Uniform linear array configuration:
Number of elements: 64
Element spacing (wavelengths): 0.5
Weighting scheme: kaiser
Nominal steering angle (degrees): -15
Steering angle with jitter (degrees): -16.738
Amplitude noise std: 0.05
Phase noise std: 0.05

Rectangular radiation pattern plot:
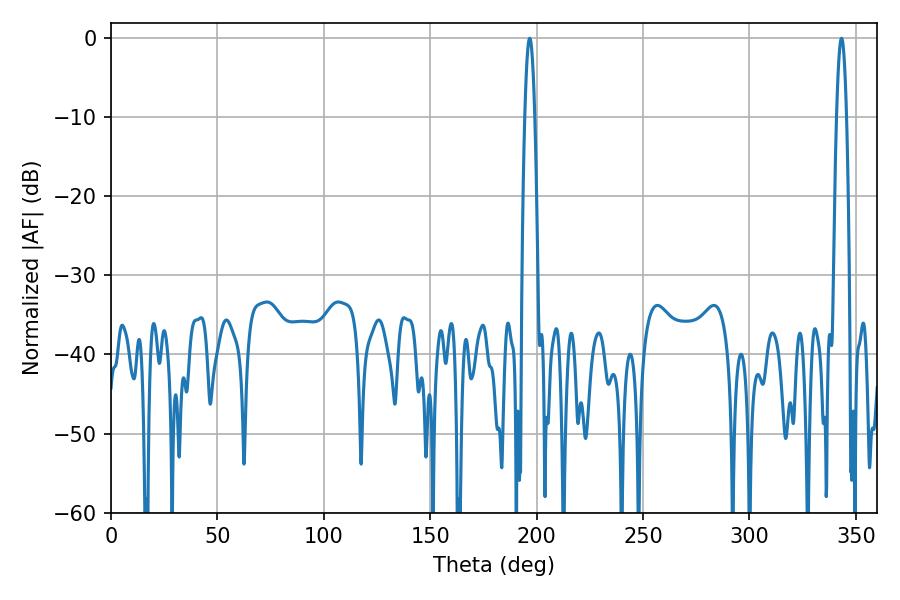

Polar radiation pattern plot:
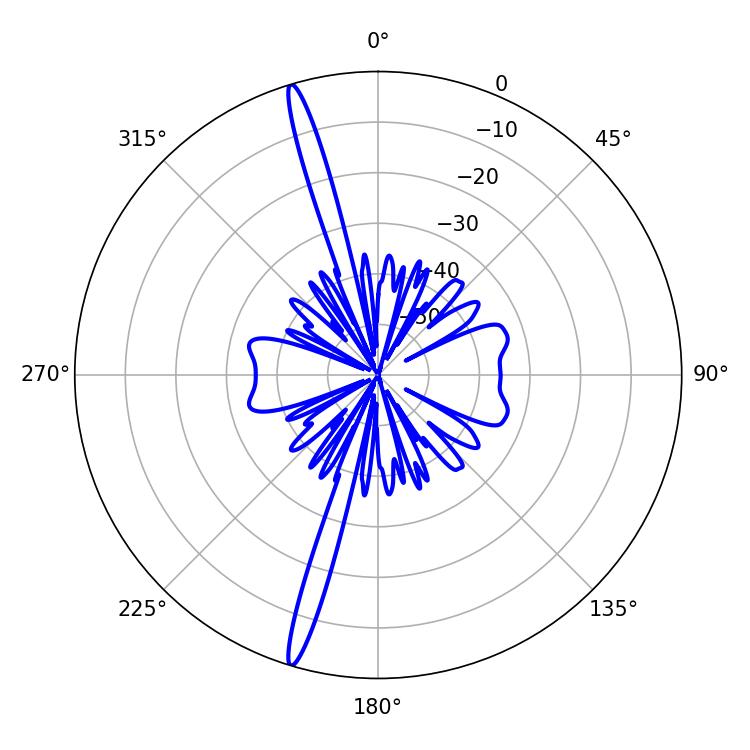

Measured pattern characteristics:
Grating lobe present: FALSE
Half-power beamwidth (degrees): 2.52
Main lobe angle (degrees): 196.74